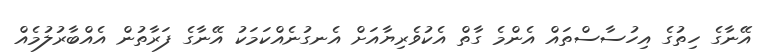
އޭނާގެ ހިތުގެ އިހުސާސްތައް އެންމެ ގާތް އެކުވެރިޔާއަށް އެނގުނެއްކަމަކު އޭނާގެ ފަރާތުން އެއްބާރުލުމެއް